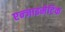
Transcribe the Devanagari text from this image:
एन्जाइमेटिक